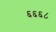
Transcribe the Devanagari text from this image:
६६६८